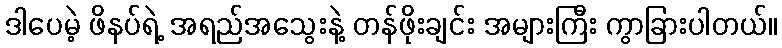
ဒါပေမဲ့ ဖိနပ်ရဲ့ အရည်အသွေးနဲ့ တန်ဖိုးချင်း အများကြီး ကွာခြားပါတယ်။